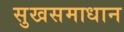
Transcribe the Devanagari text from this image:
सुखसमाधान